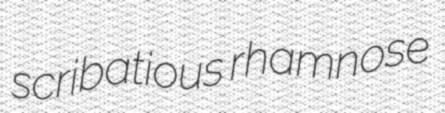
scribatious rhamnose